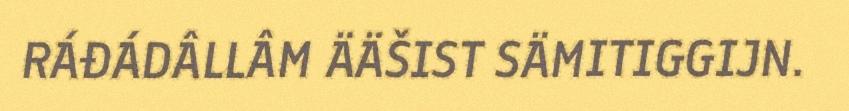
RÁĐÁDÂLLÂM ÄÄŠIST SÄMITIGGIJN.